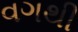
વગથી